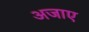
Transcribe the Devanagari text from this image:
अजाए